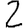
Digit: 2